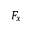
F _ { x }